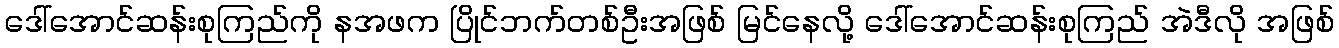
ဒေါ်အောင်ဆန်းစုကြည်ကို နအဖက ပြိုင်ဘက်တစ်ဦးအဖြစ် မြင်နေလို့ ဒေါ်အောင်ဆန်းစုကြည် အဲဒီလို အဖြစ်